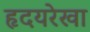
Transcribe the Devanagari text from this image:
हृदयरेखा